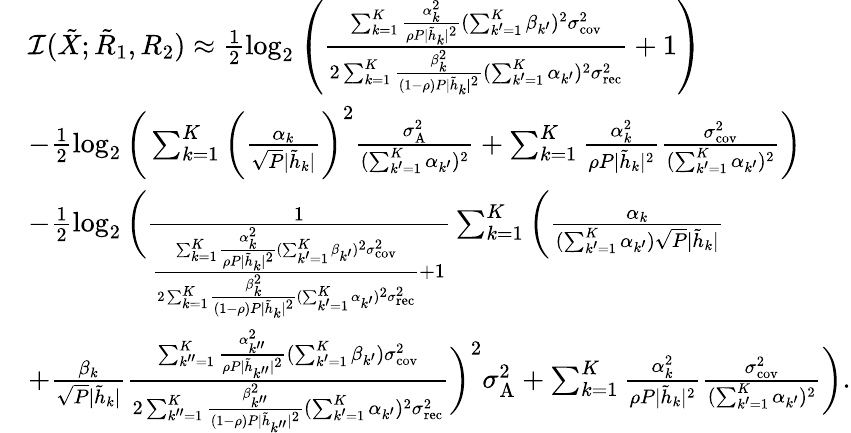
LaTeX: \begin{array}{rl}&{\mathcal{I}({{{\tilde{X}}}};{{{\tilde{R}}}_{1}},{{{R}}_{2}})\approx\frac{1}{2}\log_{2}\left({\frac{{{\sum_{k=1}^{K}\frac{\alpha_{k}^{2}}{\rho P|\tilde{h}_{k}|^{2}}}}(\sum_{k^{\prime}=1}^{K}\beta_{k^{\prime}})^{2}\sigma_{\textrm{cov}}^{2}}{2\sum_{k=1}^{K}\frac{\beta_{k}^{2}}{(1-\rho)P|\tilde{h}_{k}|^{2}}(\sum_{k^{\prime}=1}^{K}\alpha_{k^{\prime}})^{2}\sigma_{\textrm{rec}}^{2}}+1}\right)}\\ &{-\frac{1}{2}\log_{2}\bigg(\sum_{k=1}^{K}\bigg(\frac{\alpha_{k}}{\sqrt{P}|\tilde{h}_{k}|}\bigg)^{2}\frac{\sigma_{\textrm{A}}^{2}}{(\sum_{k^{\prime}=1}^{K}\alpha_{k^{\prime}})^{2}}+\sum_{k=1}^{K}\frac{\alpha_{k}^{2}}{\rho P|\tilde{h}_{k}|^{2}}\frac{\sigma_{\textrm{cov}}^{2}}{(\sum_{k^{\prime}=1}^{K}\alpha_{k^{\prime}})^{2}}\bigg)}\\ &{-\frac{1}{2}\log_{2}\bigg(\frac{1}{{{\frac{{{\sum_{k=1}^{K}\frac{\alpha_{k}^{2}}{\rho P|\tilde{h}_{k}|^{2}}}}(\sum_{k^{\prime}=1}^{K}\beta_{k^{\prime}})^{2}\sigma_{\textrm{cov}}^{2}}{2\sum_{k=1}^{K}\frac{\beta_{k}^{2}}{(1-\rho)P|\tilde{h}_{k}|^{2}}(\sum_{k^{\prime}=1}^{K}\alpha_{k^{\prime}})^{2}\sigma_{\textrm{rec}}^{2}}+1}}}\sum_{k=1}^{K}\bigg(\frac{\alpha_{k}}{(\sum_{k^{\prime}=1}^{K}\alpha_{k^{\prime}})\sqrt{P}|\tilde{h}_{k}|}}\\ &{+\frac{\beta_{k}}{\sqrt{P}|\tilde{h}_{k}|}\frac{{{\sum_{k^{\prime\prime}=1}^{K}\frac{\alpha_{k^{\prime\prime}}^{2}}{\rho P|\tilde{h}_{k^{\prime\prime}}|^{2}}}}(\sum_{k^{\prime}=1}^{K}\beta_{k^{\prime}})\sigma_{\textrm{cov}}^{2}}{2\sum_{k^{\prime\prime}=1}^{K}\frac{\beta_{k^{\prime\prime}}^{2}}{(1-\rho)P|\tilde{h}_{k^{\prime\prime}}|^{2}}(\sum_{k^{\prime}=1}^{K}\alpha_{k^{\prime}})^{2}\sigma_{\textrm{rec}}^{2}}\bigg)^{2}\sigma_{\textrm{A}}^{2}+\sum_{k=1}^{K}\frac{\alpha_{k}^{2}}{\rho P|\tilde{h}_{k}|^{2}}\frac{\sigma_{\textrm{cov}}^{2}}{(\sum_{k^{\prime}=1}^{K}\alpha_{k^{\prime}})^{2}}\bigg).}\end{array}